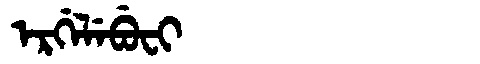
Manchu: ᡝᡵᡤᡝᠯᡝᠪᡠᠸᡳ
Romanization: ERGELEBUFI